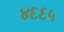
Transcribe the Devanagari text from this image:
४६६५